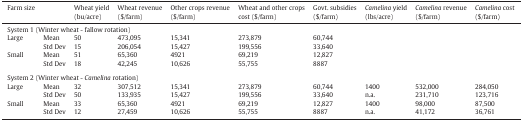
| Farm size |  | Wheat yield(bu/acre) | Wheat revenue($/farm) | Other crops revenue ($/farm) | Wheat and other crops cost ($/farm) | Govt. subsidies ($/farm) | Camelina yield (lbs/acre) | Camelina revenue ($/farm) | Camelina cost ($/farm) |
 | --- | --- | --- | --- | --- | --- | --- | --- | --- | --- |
 | <COLSPAN=10> System 1 (Winter wheat - fallow rotation) |
 | <ROWSPAN=2> Large | Mean | 50 | 473,095 | 15,341 | 273,879 | 60,744 |  |  |  |
 | Std Dev | 15 | 206,054 | 15,427 | 199,556 | 33,640 |  |  |  |
 | <ROWSPAN=2> Small | Mean | 51 | 65,360 | 4921 | 69,219 | 12,827 |  |  |  |
 | Std Dev | 18 | 42,245 | 10,626 | 55,755 | 8887 |  |  |  |
 | <COLSPAN=10>  |
 | <COLSPAN=10> System 2 (Winter wheat - Camelina rotation) |
 | <ROWSPAN=2> Large | Mean | 32 | 307,512 | 15,341 | 273,879 | 60,744 | 1400 | 532,000 | 284,050 |
 | Std Dev | 50 | 133,935 | 15,427 | 199,556 | 33,640 | n.a. | 231,710 | 123,716 |
 | <ROWSPAN=2> Small | Mean | 33 | 65,360 | 4921 | 69,219 | 12,827 | 1400 | 98,000 | 87,500 |
 | Std Dev | 12 | 27,459 | 10,626 | 55,755 | 8887 | n.a. | 41,172 | 36,761 |